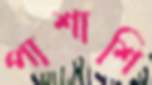
পাশাশি